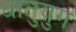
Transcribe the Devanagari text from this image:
धातुयुग